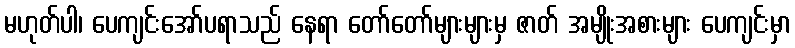
မဟုတ်ပါ၊ ပေကျင်းအော်ပရာသည် နေရာ တော်တော်များများမှ ဇာတ် အမျိုးအစားများ ပေကျင်းမှာ